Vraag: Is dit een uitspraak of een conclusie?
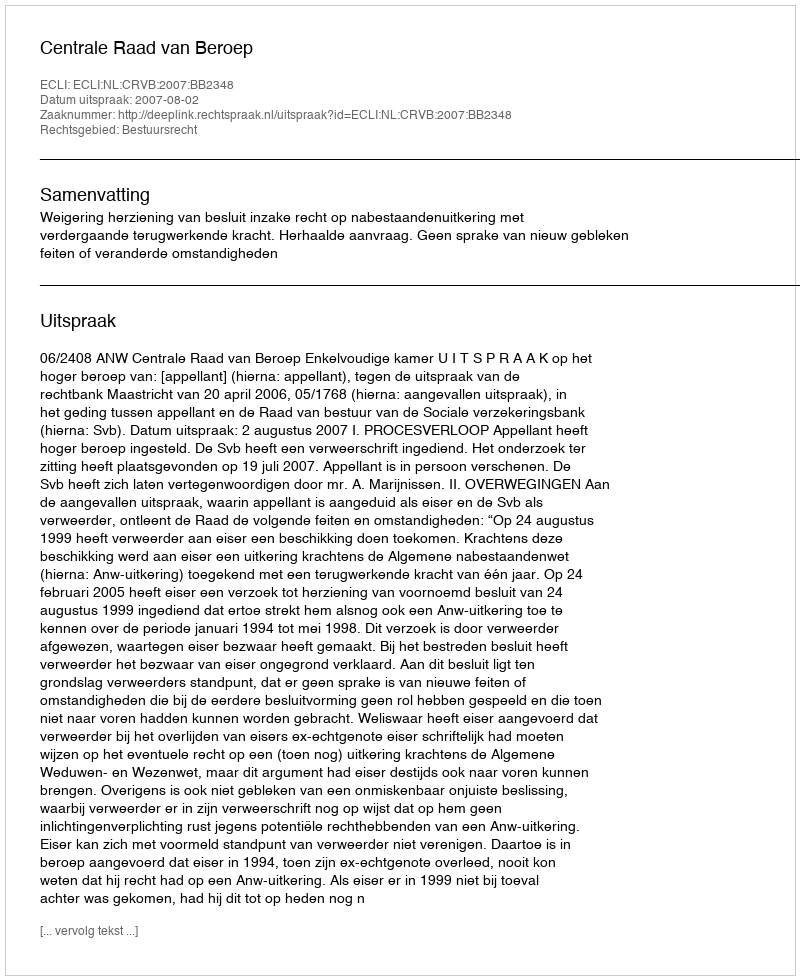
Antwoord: Uitspraak